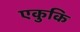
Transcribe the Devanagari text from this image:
एकुकि